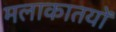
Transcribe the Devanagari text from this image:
मलाकातयों